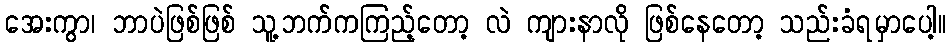
အေးကွာ၊ ဘာပဲဖြစ်ဖြစ် သူ့ဘက်ကကြည့်တော့ လဲ ကျားနာလို ဖြစ်နေတော့ သည်းခံရမှာပေါ့။